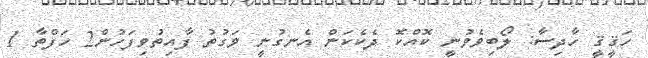
ހަޤީޤީ ހާދިސާ: ލޯބިވެވުނީ ކޮއްކޮ ދެކެކަން އެނގުނީ ވަގުތު ފާއިތުވިފަހުން2 ހަފްތާ 1